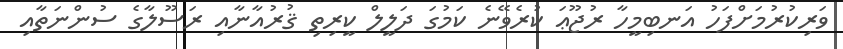
ވަރިކުރުމަށްފަހު އަނބިމީހާ ރުޖޫޢަ ކުރެވޭނެ ކަމުގަ ދަލީލް ކީރިތި ޤުރުއާނާއި ރަސޫލާގެ ސުންނަތާއި